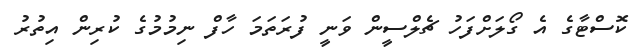
ކޮސްޓާގެ އެ ގޯލަށްފަހު ޗެލްސީން ވަނީ ފުރަތަމަ ހާފް ނިމުމުގެ ކުރިން އިތުރު